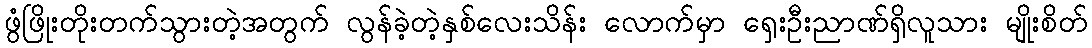
ဖွံဖြိုးတိုးတက်သွားတဲ့အတွက် လွန်ခဲ့တဲ့နှစ်လေးသိန်း လောက်မှာ ရှေးဦးညာဏ်ရှိလူသား မျိုးစိတ်